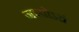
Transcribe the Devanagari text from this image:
जप्योऽयं